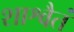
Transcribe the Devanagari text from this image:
शाश्वैतं